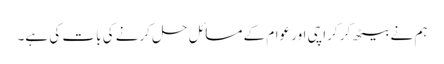
ہم نے بیٹھ کر کراچی اور عوام کے مسائل حل کرنے کی بات کی ہے۔